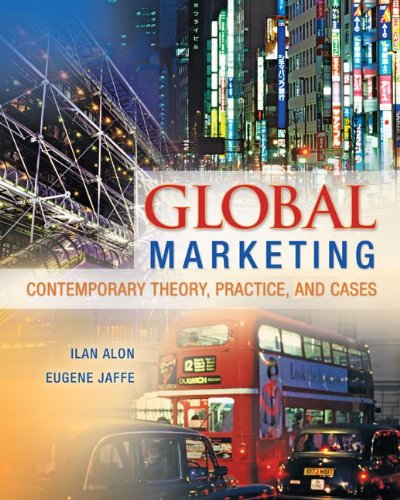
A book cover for Global Marketing: Contemporary Theory, Practice, and Cases; Ilan Alon; Business & Money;